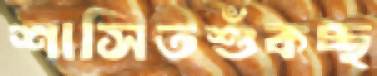
শাসিতশুঁকচ্ছ